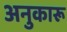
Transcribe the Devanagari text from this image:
अनुकारू